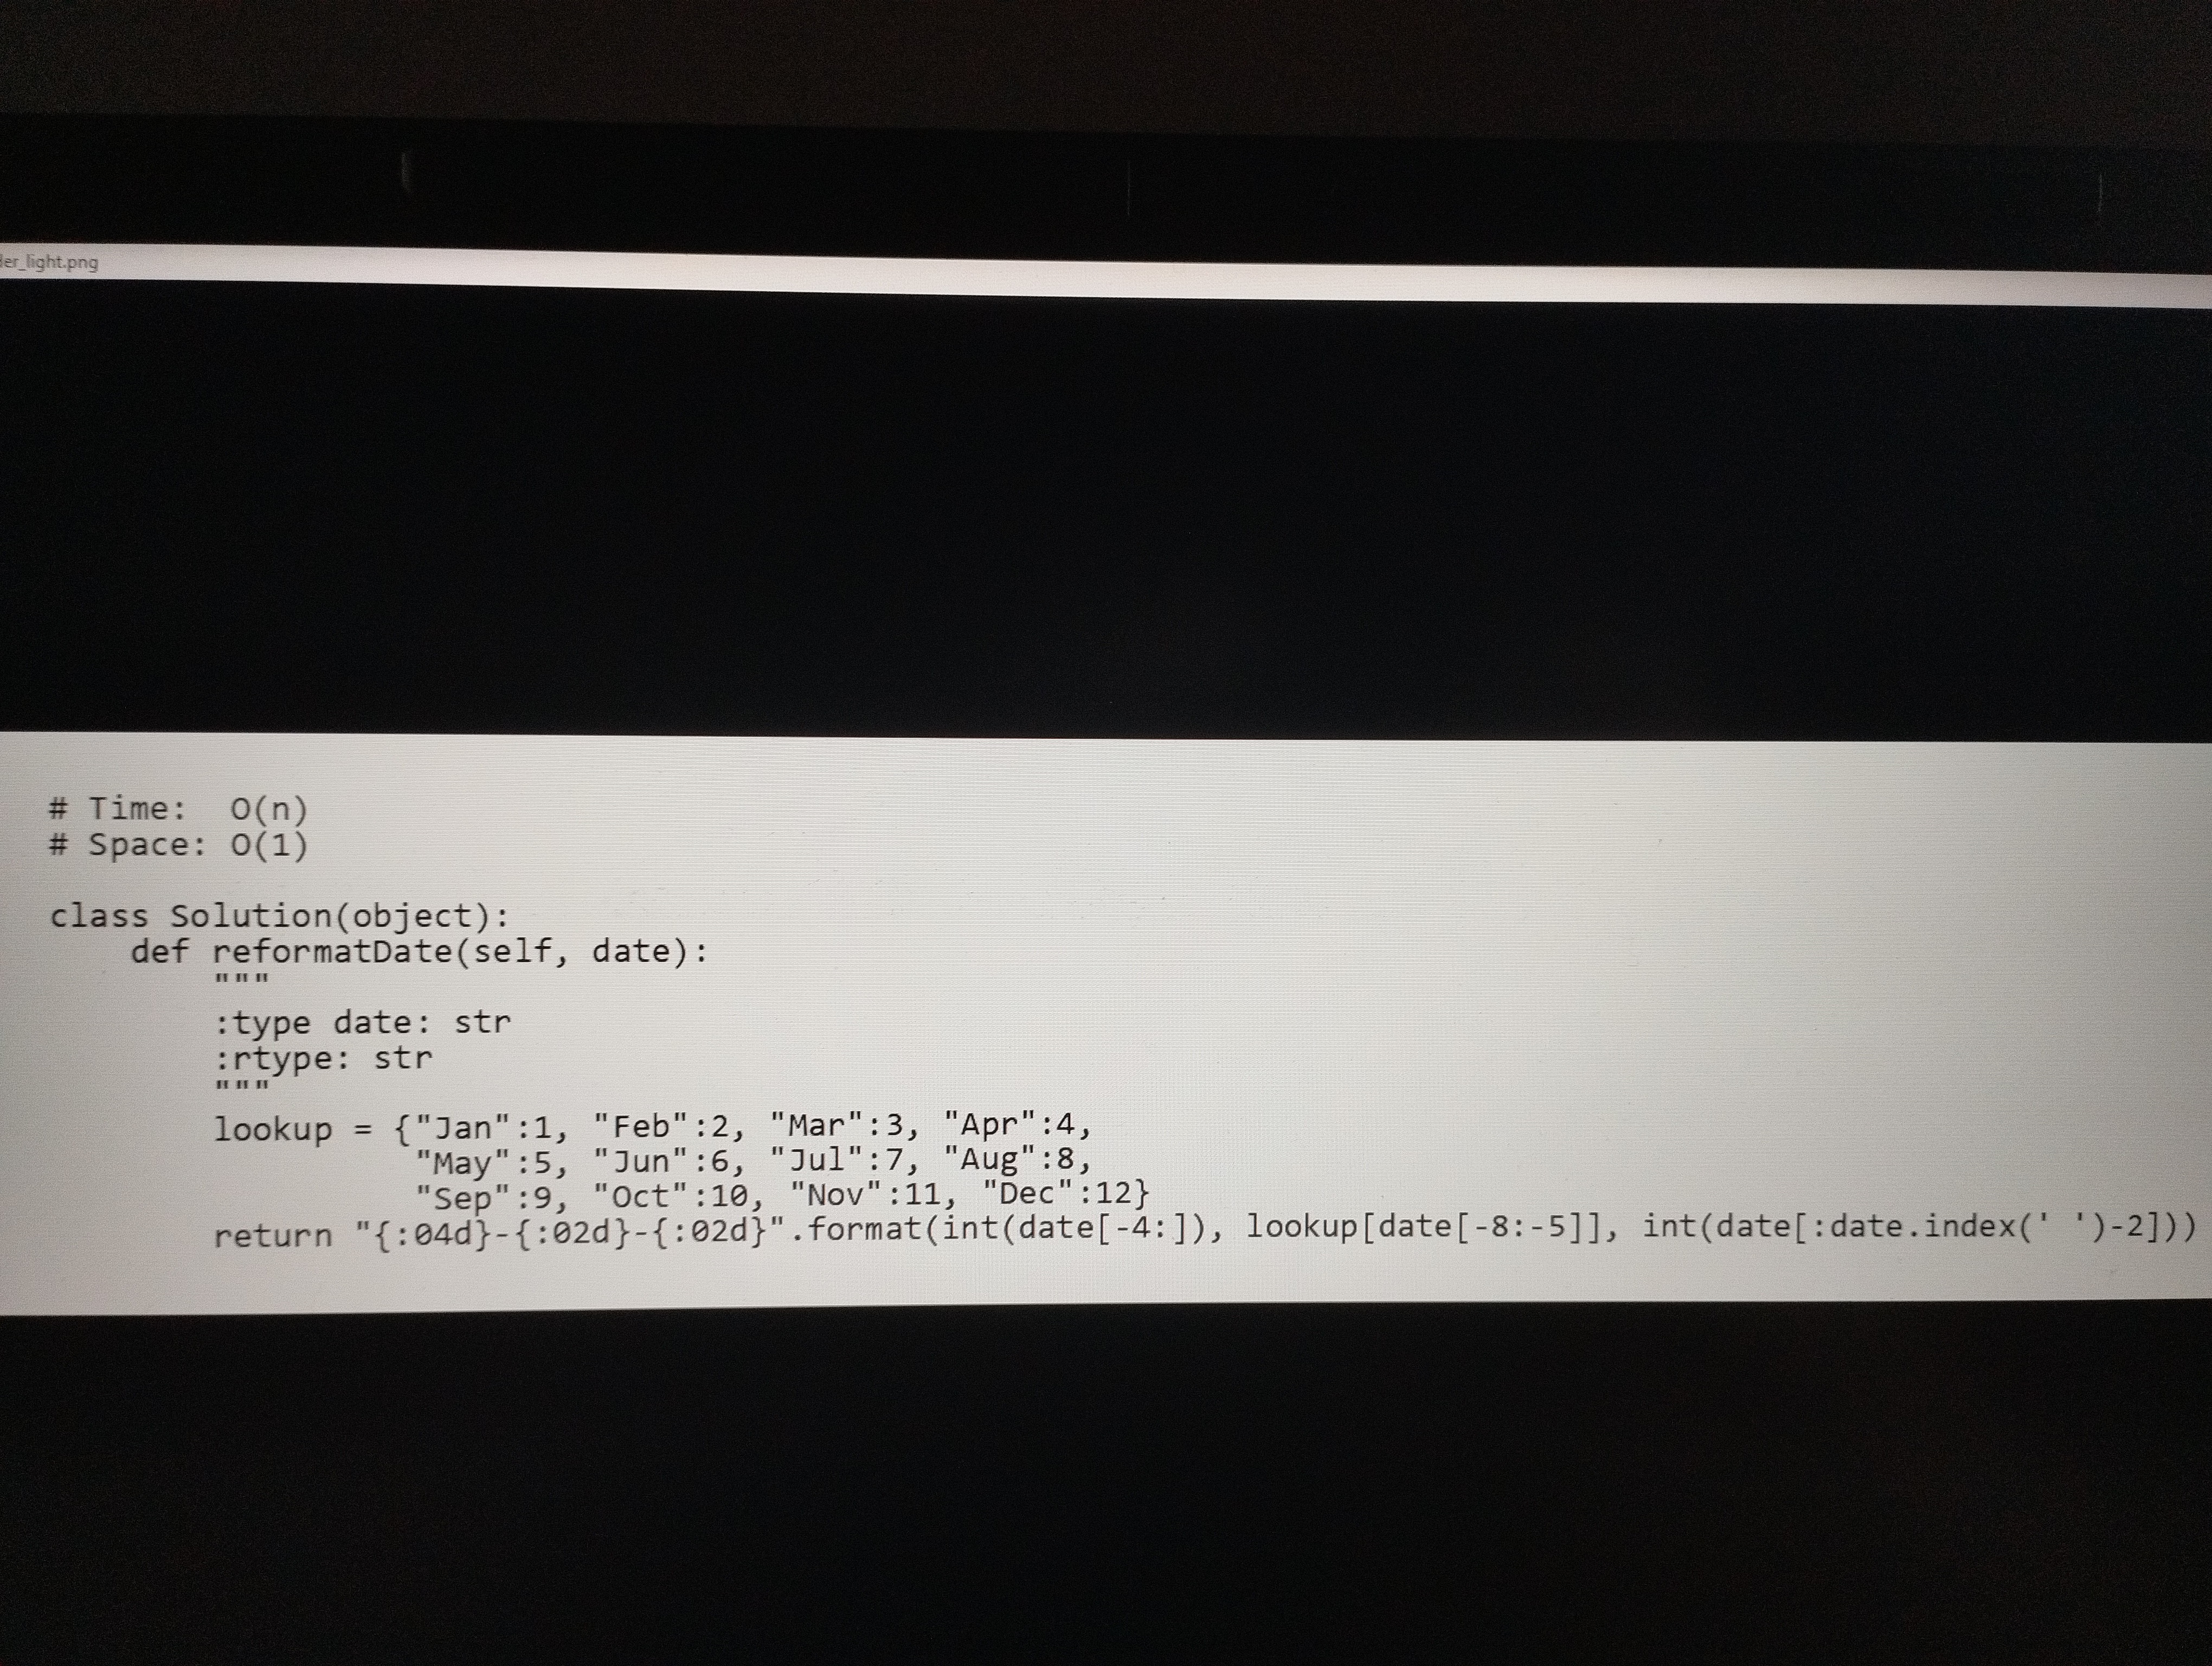
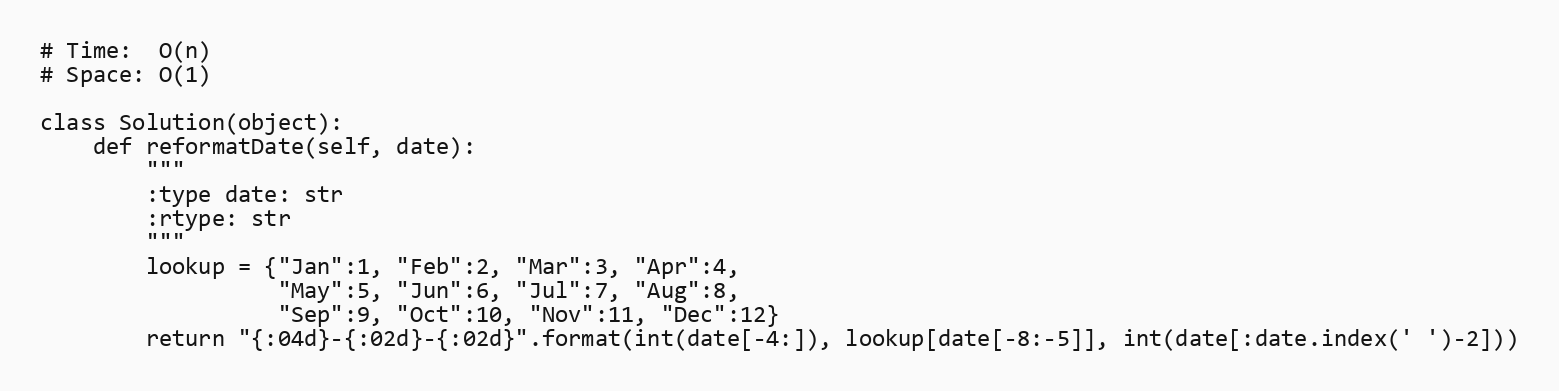
# Time:  O(n)
# Space: O(1)

class Solution(object):
    def reformatDate(self, date):
        """
        :type date: str
        :rtype: str
        """
        lookup = {"Jan":1, "Feb":2, "Mar":3, "Apr":4,
                  "May":5, "Jun":6, "Jul":7, "Aug":8,
                  "Sep":9, "Oct":10, "Nov":11, "Dec":12}
        return "{:04d}-{:02d}-{:02d}".format(int(date[-4:]), lookup[date[-8:-5]], int(date[:date.index(' ')-2]))